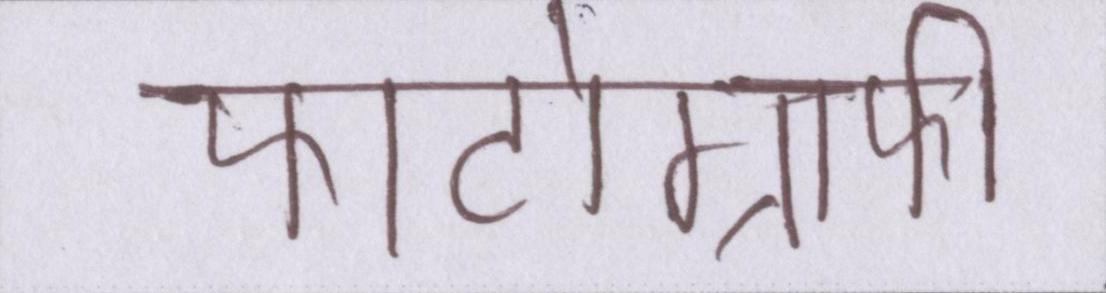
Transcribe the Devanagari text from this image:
फोटोग्राफी